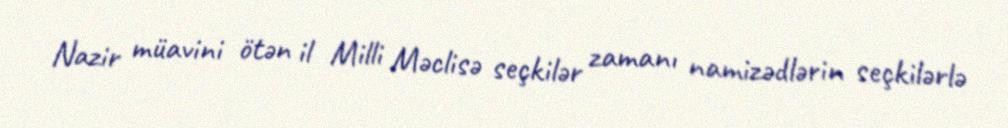
Nazir müavini ötən il Milli Məclisə seçkilər zamanı namizədlərin seçkilərlə